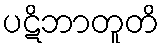
ပဋိဘာတူတိ